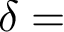
\delta =